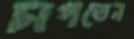
চাপতেন